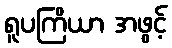
ရူပကြိယာ အဖွင့်